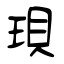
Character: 珼